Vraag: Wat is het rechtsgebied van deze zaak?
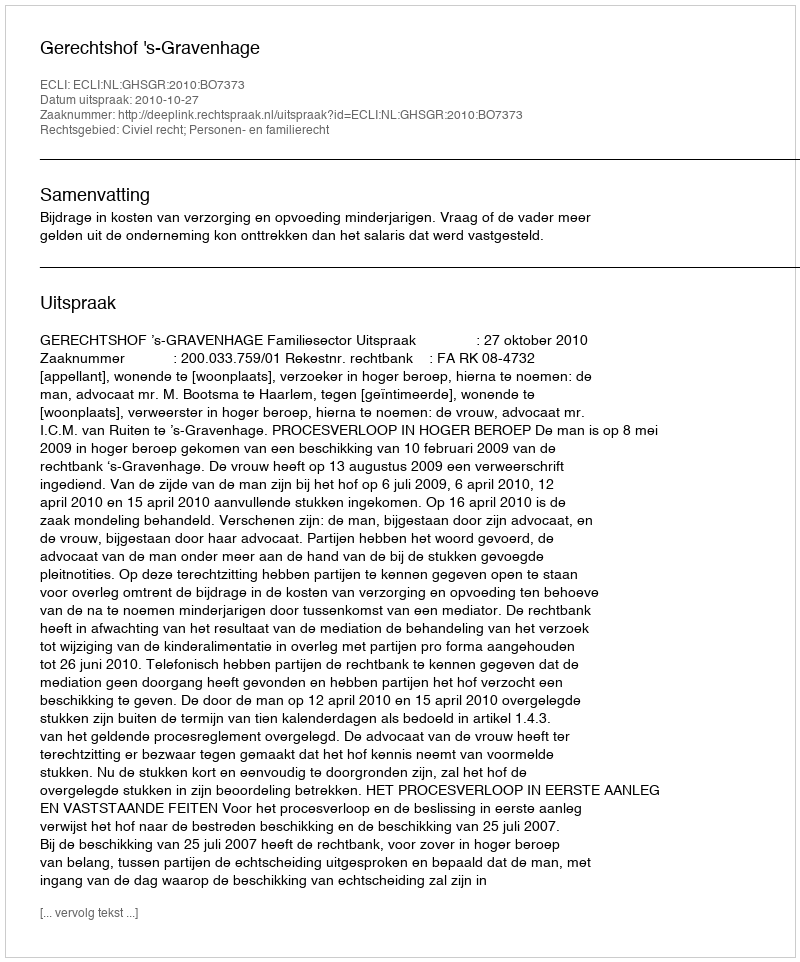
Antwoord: Civiel recht; Personen- en familierecht